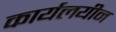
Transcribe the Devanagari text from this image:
कार्यलयीन